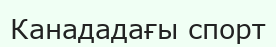
Канададағы спорт